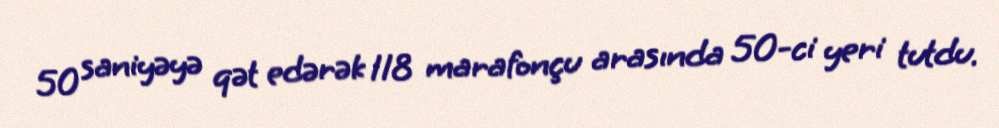
50 saniyəyə qət edərək 118 marafonçu arasında 50-ci yeri tutdu.